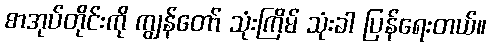
စာအုပ်တိုင်းကို ကျွန်တော် သုံးကြိမ် သုံးခါ ပြန်ရေးတယ်။